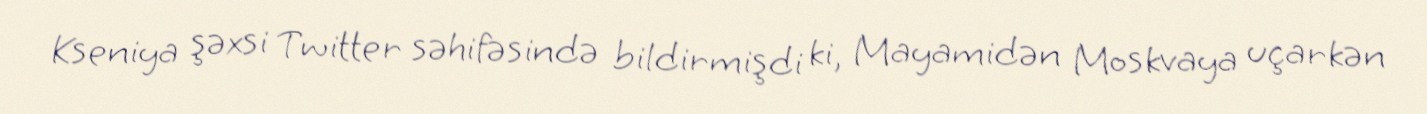
Kseniya şəxsi Twitter səhifəsində bildirmişdi ki, Mayamidən Moskvaya uçarkən